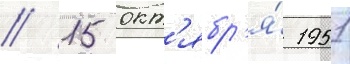
// 15 окт'ябр'я́ 1951